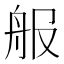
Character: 𦨕